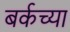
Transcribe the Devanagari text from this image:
बर्कच्या